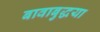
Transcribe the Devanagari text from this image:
बावाबुद्धया